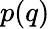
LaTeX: p(q)